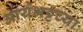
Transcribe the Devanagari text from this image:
आर्यभट्टच्या